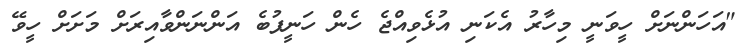
"އަހަންނަށް ހީވަނީ މިހާރު އެކަނި އުޅެވިއްޖެ ހެން ހަނީފުބެ އަންނަންވާއިރަށް މަށަށް ހީވޭ